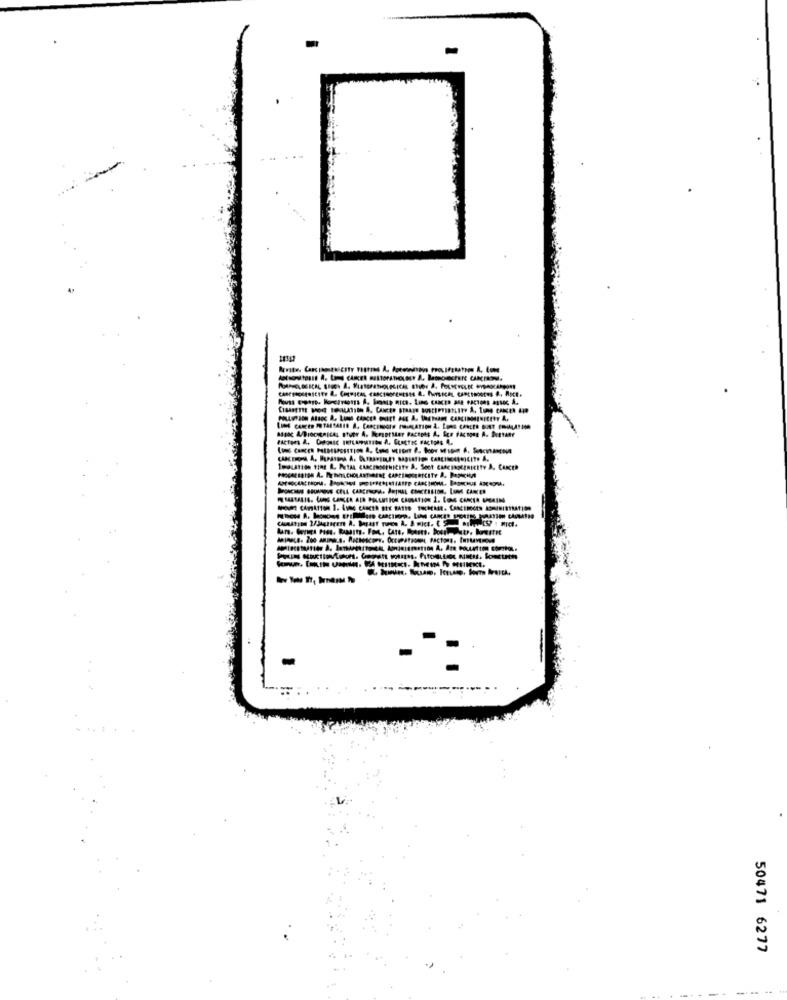
-
----
50471 6277